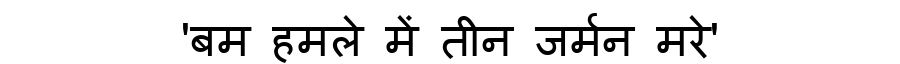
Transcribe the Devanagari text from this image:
'बम हमले में तीन जर्मन मरे'